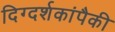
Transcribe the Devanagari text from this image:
दिग्दर्शकांपैकी